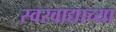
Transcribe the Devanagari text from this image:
स्वरवाद्याच्या